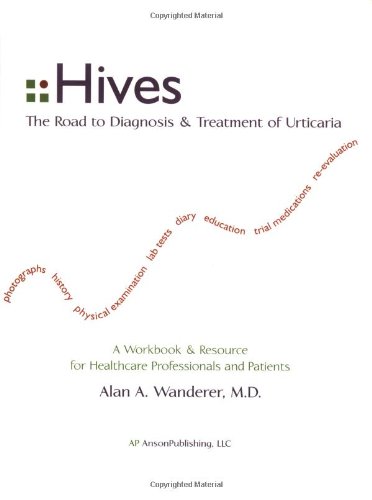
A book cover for Hives: The Road to Diagnosis and Treatment of Urticaria; Alan A. Wanderer; Health, Fitness & Dieting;